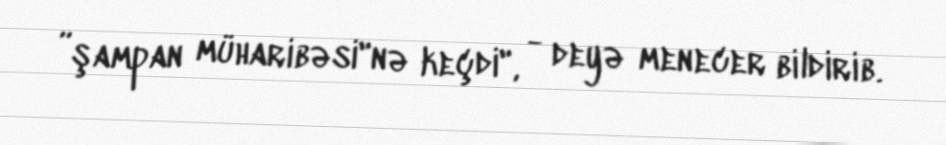
”şampan müharibəsi"nə keçdi", - deyə menecer bildirib.